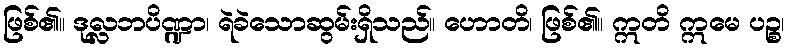
ဖြစ်၏။ ဒုလ္လဘပိဏ္ဍာ၊ ရဲခဲသောဆွမ်းရှိသည်။ ဟောတိ၊ ဖြစ်၏။ ဣတိ ဣမေ ပဉ္စ၊